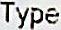
TYPE